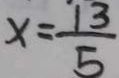
x = \frac { 1 3 } { 5 }